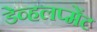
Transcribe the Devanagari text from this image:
डेव्हलप्मेंट